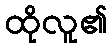
ထိုလူ၏